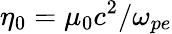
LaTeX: \eta_{0}=\mu_{0}c^{2}/\omega_{pe}